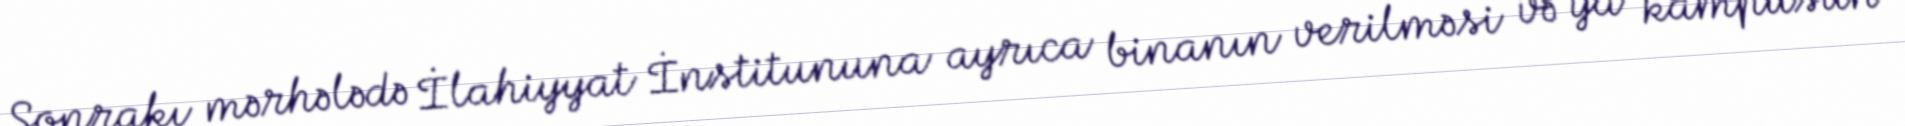
Sonrakı mərhələdə İlahiyyat İnstitununa ayrıca binanın verilməsi və ya kampusun